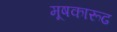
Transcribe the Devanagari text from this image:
मूषकारूढ